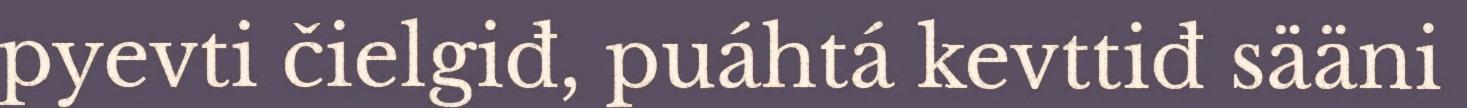
pyevti čielgiđ, puáhtá kevttiđ sääni